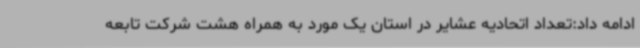
ادامه داد:تعداد اتحادیه عشایر در استان یک مورد به همراه هشت شرکت تابعه